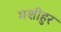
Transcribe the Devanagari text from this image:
मशीहुर